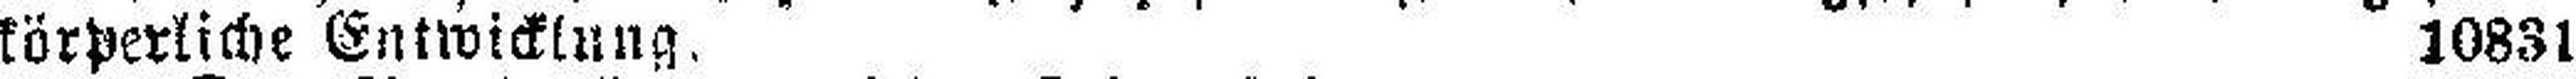
körperliche Entwicklung. 10831